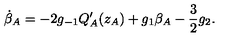
\dot { \beta } _ { A } = - 2 g _ { - 1 } Q _ { A } ^ { \prime } ( z _ { A } ) + g _ { 1 } \beta _ { A } - \frac { 3 } { 2 } g _ { 2 } .